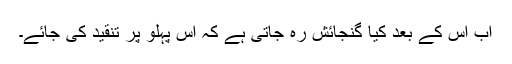
اب اس کے بعد کیا گنجائش رہ جاتی ہے کہ اس پہلو پر تنقید کی جائے۔